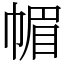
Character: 𢃼